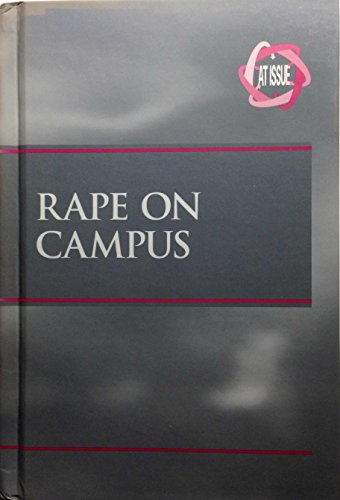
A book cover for Rape on Campus (At Issue Series); Katie De Koster; Teen & Young Adult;